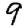
Digit: 9